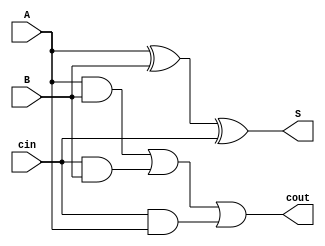
module full_adder(A, B, cin, S, cout);
	input A, B, cin;
	output S, cout;
	
	assign S = A ^ B ^ cin;
	assign cout = ((A & B)| (cin & B) | (cin & A));
endmodule

module part2(a, b, c_in, s, c_out);
	
	input [3:0] a;
	input [3:0] b;
	input c_in; 
	output [3:0] s;
	output [3:0] c_out;

	full_adder fa0(a[0], b[0], c_in, s[0], c_out[0]);
	full_adder fa1(a[1], b[1],  c_out[0], s[1], c_out[1]);
	full_adder fa2(a[2], b[2],  c_out[1], s[2], c_out[2]);
	full_adder fa3(a[3], b[3],  c_out[2], s[3], c_out[3]);

endmodule